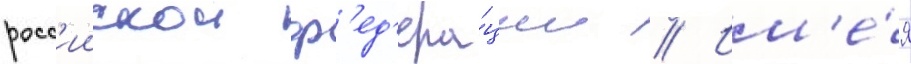
росс'иискои ф'ед'ера́ции // Им'е́я